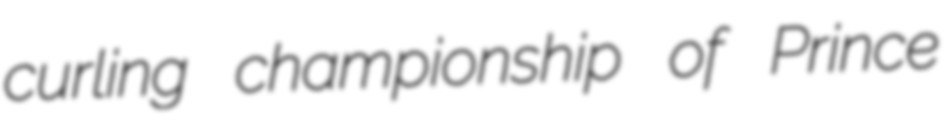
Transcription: curling championship of Prince